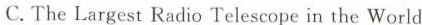
C.The Largest Radio Telescope in the World